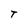
Character: T